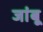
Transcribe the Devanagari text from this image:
जांबू